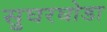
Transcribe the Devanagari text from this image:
सुघरघोडा